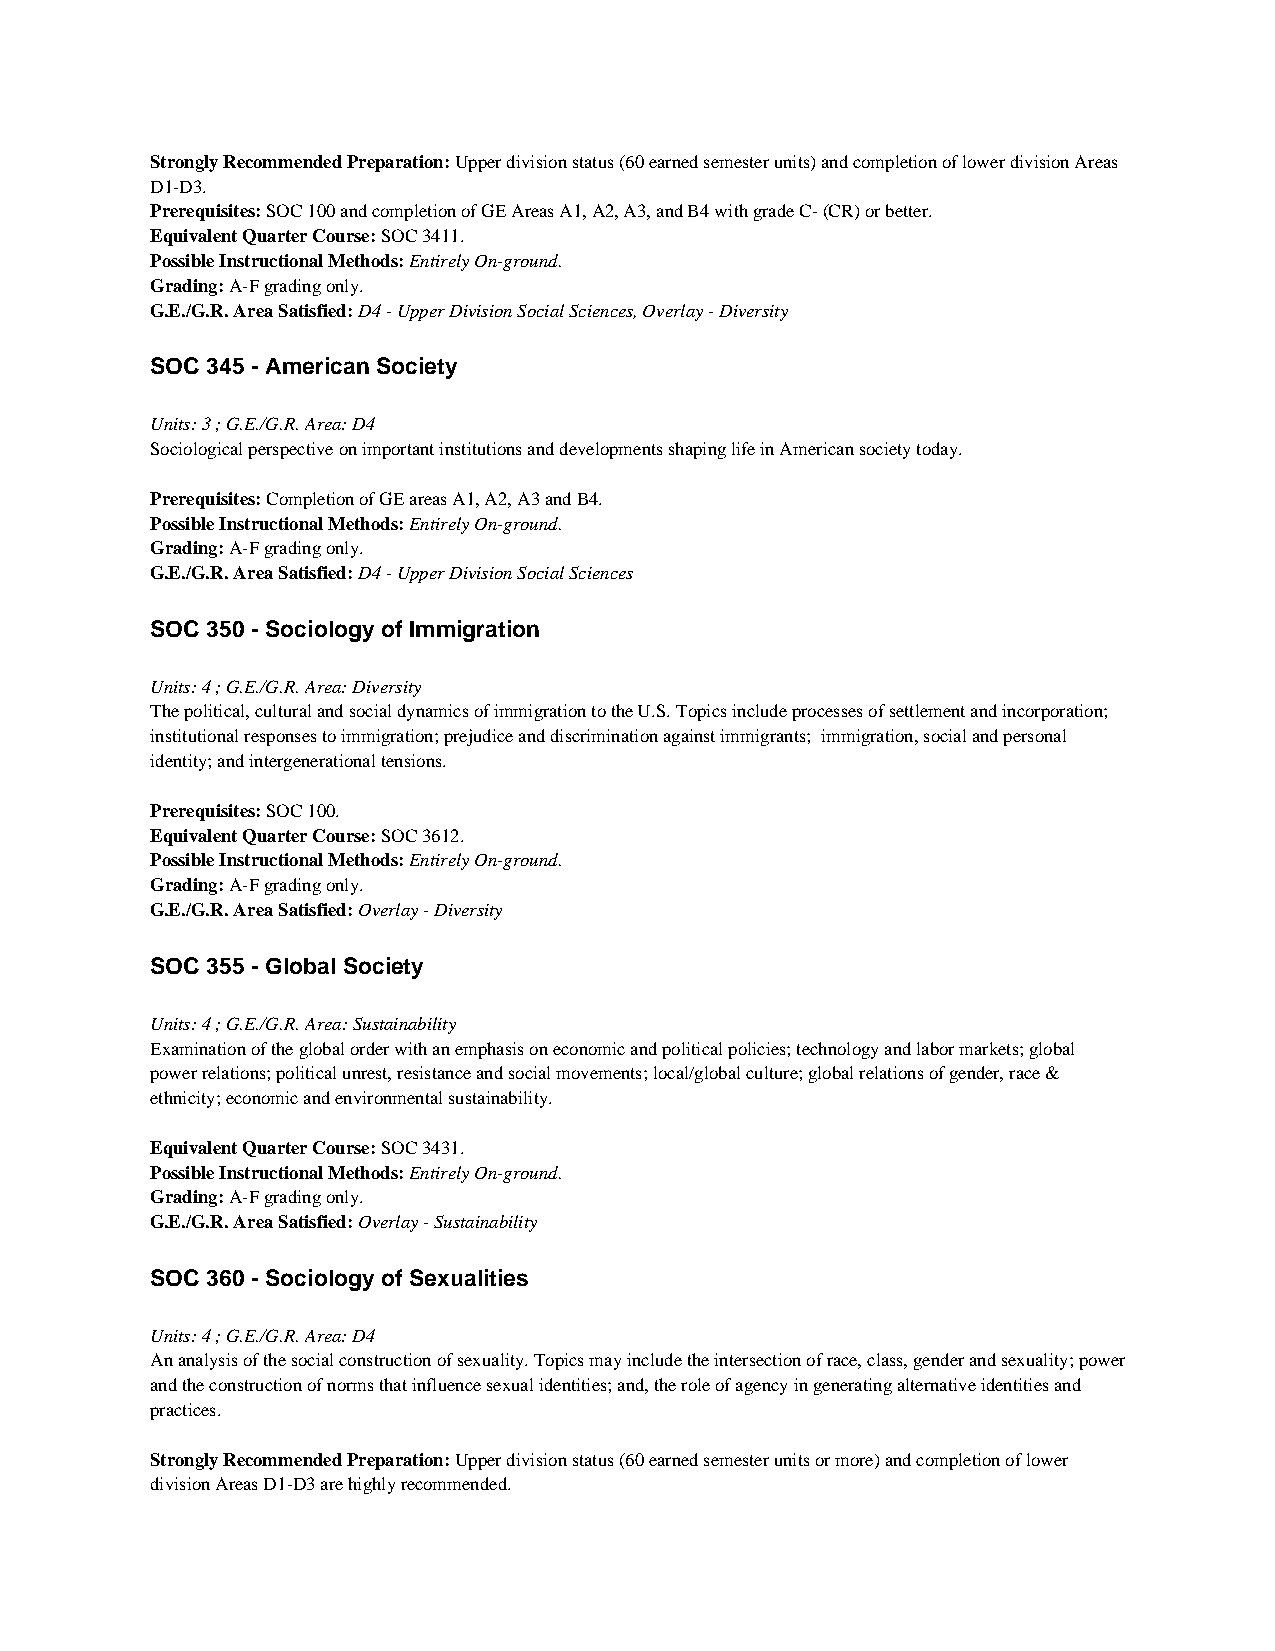
Strongly Recommended Preparation: Upper division status (60 earned semester units) and completion of lower division Areas
 D1-D3.
 Prerequisites: SOC 100 and completion of GE Areas A1, A2, A3, and B4 with grade C- (CR) or better.
 Equivalent Quarter Course: SOC 3411.
 Possible Instructional Methods: Entirely On-ground.
 Grading: A-F grading only.
 G.E./G.R. Area Satisfied: D4 - Upper Division Social Sciences, Overlay - Diversity
 SOC 345 - American Society
 Units: 3 ; G.E./G.R. Area: D4
 Sociological perspective on important institutions and developments shaping life in American society today.
 Prerequisites: Completion of GE areas A1, A2, A3 and B4.
 Possible Instructional Methods: Entirely On-ground.
 Grading: A-F grading only.
 G.E./G.R. Area Satisfied: D4 - Upper Division Social Sciences
 SOC 350 - Sociology of Immigration
 Units: 4 ; G.E./G.R. Area: Diversity
 The political, cultural and social dynamics of immigration to the U.S. Topics include processes of settlement and incorporation;
 institutional responses to immigration; prejudice and discrimination against immigrants; immigration, social and personal
 identity; and intergenerational tensions.
 Prerequisites: SOC 100.
 Equivalent Quarter Course: SOC 3612.
 Possible Instructional Methods: Entirely On-ground.
 Grading: A-F grading only.
 G.E./G.R. Area Satisfied: Overlay - Diversity
 SOC 355 - Global Society
 Units: 4 ; G.E./G.R. Area: Sustainability
 Examination of the global order with an emphasis on economic and political policies; technology and labor markets; global
 power relations; political unrest, resistance and social movements; local/global culture; global relations of gender, race &
 ethnicity; economic and environmental sustainability.
 Equivalent Quarter Course: SOC 3431.
 Possible Instructional Methods: Entirely On-ground.
 Grading: A-F grading only.
 G.E./G.R. Area Satisfied: Overlay - Sustainability
 SOC 360 - Sociology of Sexualities
 Units: 4 ; G.E./G.R. Area: D4
 An analysis of the social construction of sexuality. Topics may include the intersection of race, class, gender and sexuality; power
 and the construction of norms that influence sexual identities; and, the role of agency in generating alternative identities and
 practices.
 Strongly Recommended Preparation: Upper division status (60 earned semester units or more) and completion of lower
 division Areas D1-D3 are highly recommended.